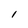
Character: l